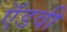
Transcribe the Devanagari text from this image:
ऍडवी